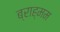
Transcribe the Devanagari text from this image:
ब्राह्मम